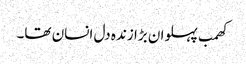
کھمب پہلوان بڑا زندہ دل انسان تھا۔